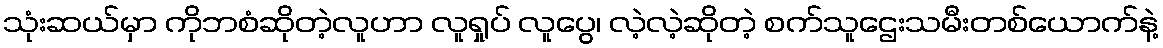
သုံးဆယ်မှာ ကိုဘစံဆိုတဲ့လူဟာ လူရှုပ် လူပွေ၊ လဲ့လဲ့ဆိုတဲ့ စက်သူဌေးသမီးတစ်ယောက်နဲ့